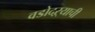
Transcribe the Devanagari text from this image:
वडोदऱ्याची